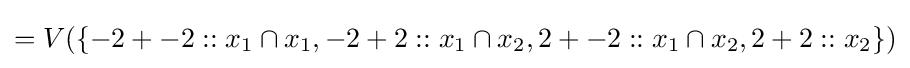
=V(\{-2+-2::x_{1}\cap x_{1},-2+2::x_{1}\cap x_{2},2+-2::x_{1}\cap x_{2},2+2::x_{2}\})